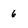
Character: 6